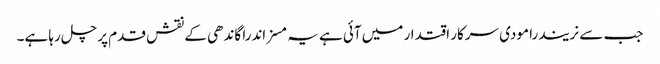
جب سے نریندرا مودی سرکار اقتدار میں آئی ہے یہ مسز اندرا گاندھی کے نقش قدم پر چل رہا ہے۔